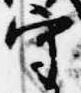
守